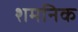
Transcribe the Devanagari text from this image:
शमनिक